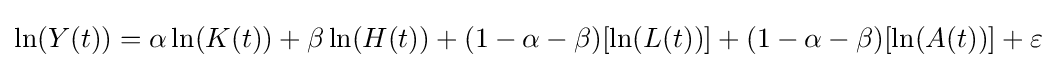
\ln(Y(t))=\alpha \ln(K(t))+\beta \ln(H(t))+(1-\alpha -\beta )[\ln(L(t))]+(1-\alpha -\beta )[\ln(A(t))]+\varepsilon